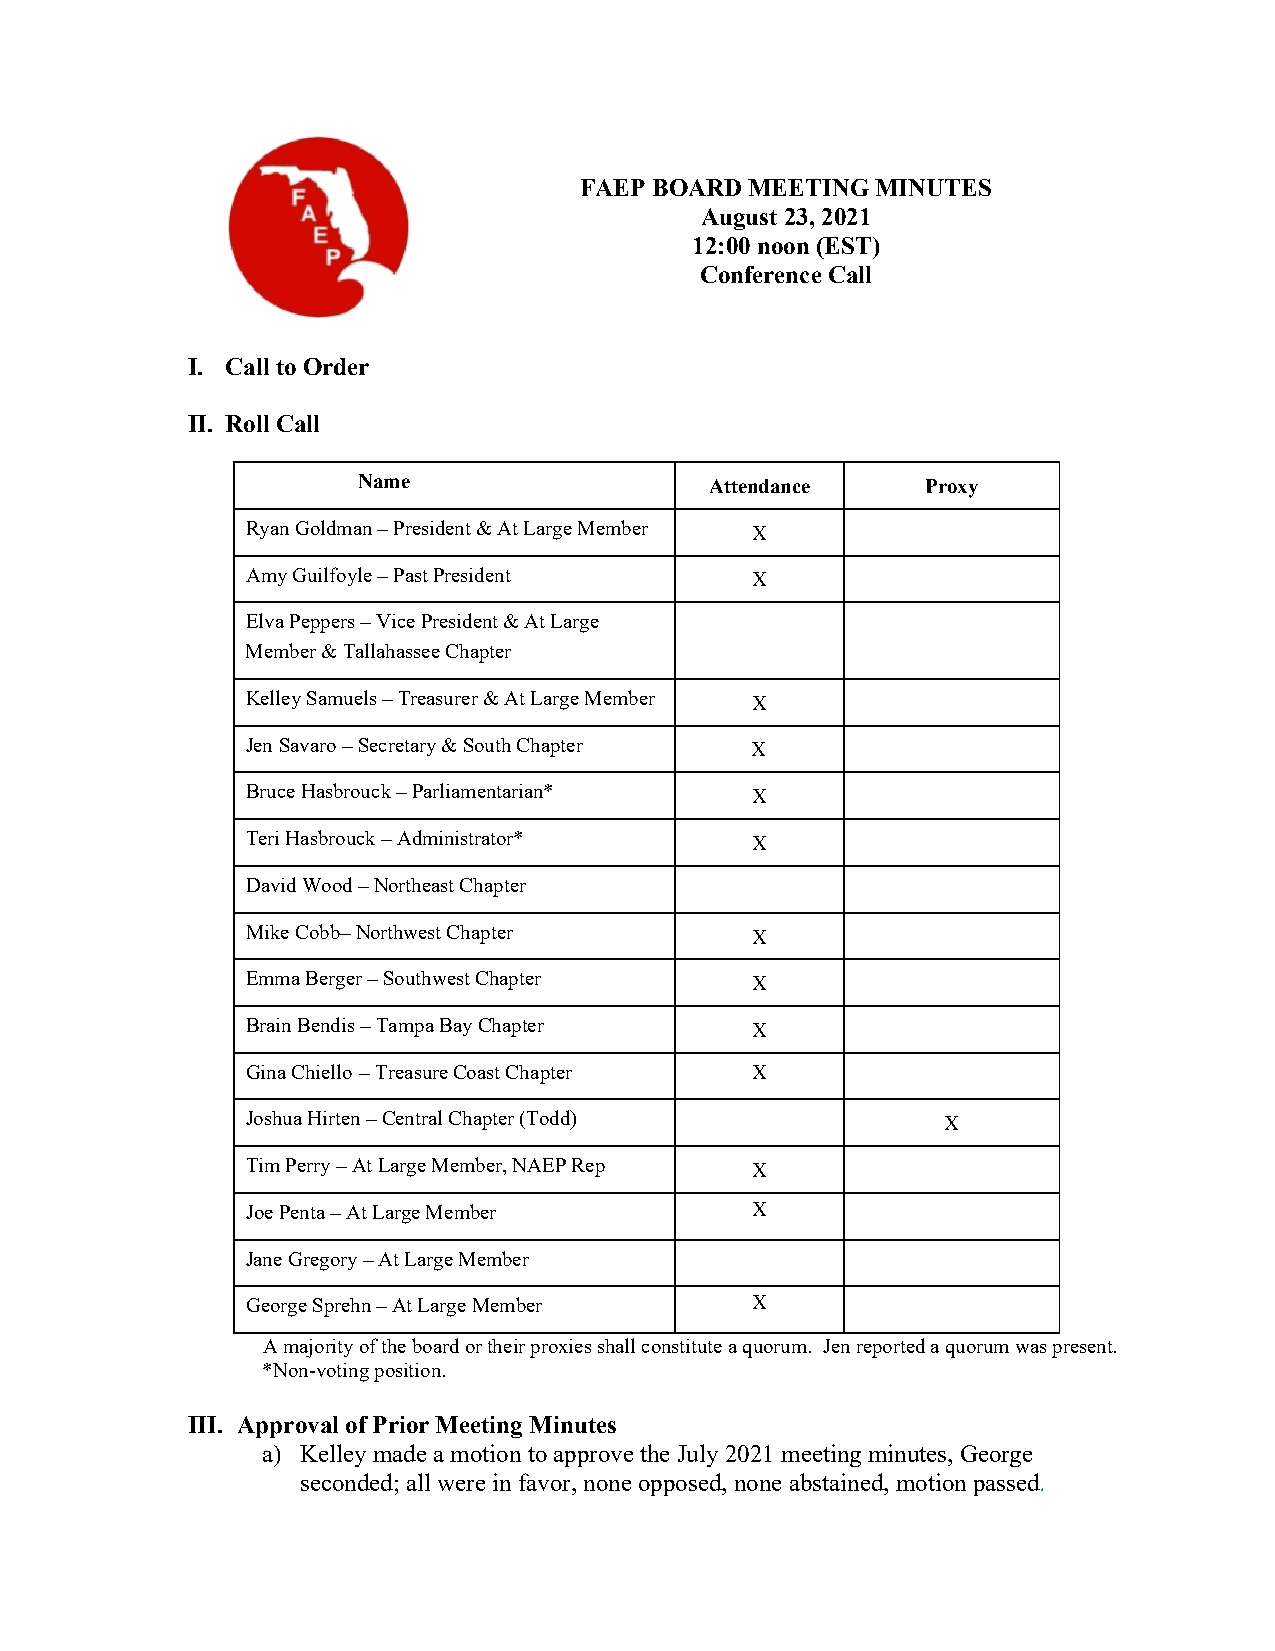
1chili9
 FAEXP BOARD MEETING MINUTES
 August 23, 2021
 12:00 noon (EST)
 Conference Call
 I. Call to Order
 II. Roll Call
 Name                   Attendance    Proxy
 Ryan Goldman – President & At Large Member X
 Amy Guilfoyle – Past President    X
 Elva Peppers – Vice President & At Large
 Member & Tallahassee Chapter
 Kelley Samuels – Treasurer & At Large Member X
 Jen Savaro – Secretary & South Chapter X
 Bruce Hasbrouck – Parliamentarian* X
 Teri Hasbrouck – Administrator*   X
 David Wood – Northeast Chapter
 Mike Cobb– Northwest Chapter      X
 Emma Berger – Southwest Chapter   X
 Brain Bendis – Tampa Bay Chapter  X
 Gina Chiello – Treasure Coast Chapter X
 Joshua Hirten – Central Chapter (Todd)        X
 Tim Perry – At Large Member, NAEP Rep X
 Joe Penta – At Large Member       X
 Jane Gregory – At Large Member
 George Sprehn – At Large Member   X
 A majority of the board or their proxies shall constitute a quorum. Jen reported a quorum was present.
 *Non-voting position.
 III. Approval of Prior Meeting Minutes
 a) Kelley made a motion to approve the July 2021 meeting minutes, George
 seconded; all were in favor, none opposed, none abstained, motion passed.